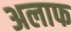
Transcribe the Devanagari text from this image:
अलाफ